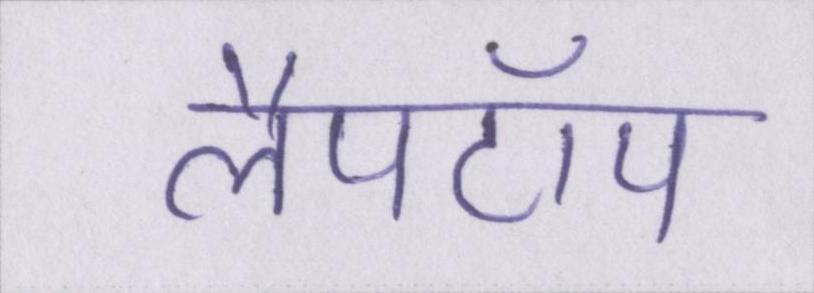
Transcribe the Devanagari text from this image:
लैपटॉप